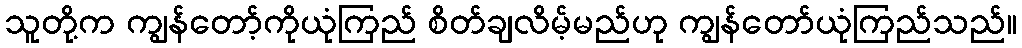
သူတို့က ကျွန်တော့်ကိုယုံကြည် စိတ်ချလိမ့်မည်ဟု ကျွန်တော်ယုံကြည်သည်။